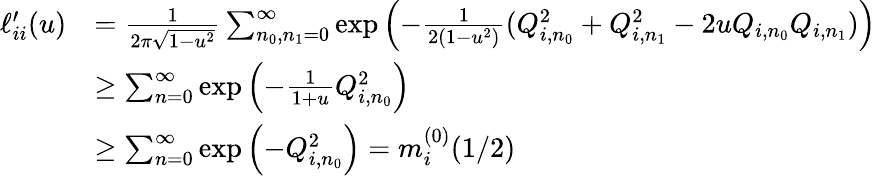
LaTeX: \begin{array}{rl}{\ell_{ii}^{\prime}(u)}&{=\frac{1}{2\pi\sqrt{1-u^{2}}}\sum_{n_{0},n_{1}=0}^{\infty}\exp\left(-\frac{1}{2(1-u^{2})}(Q_{i,n_{0}}^{2}+Q_{i,n_{1}}^{2}-2uQ_{i,n_{0}}Q_{i,n_{1}})\right)}\\ &{\geq\sum_{n=0}^{\infty}\exp\left(-\frac{1}{1+u}Q_{i,n_{0}}^{2}\right)}\\ &{\geq\sum_{n=0}^{\infty}\exp\left(-Q_{i,n_{0}}^{2}\right)=m_{i}^{(0)}(1/2)}\end{array}